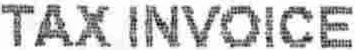
TAX INVOICE